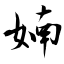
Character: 婻